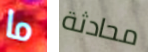
ما محادثة